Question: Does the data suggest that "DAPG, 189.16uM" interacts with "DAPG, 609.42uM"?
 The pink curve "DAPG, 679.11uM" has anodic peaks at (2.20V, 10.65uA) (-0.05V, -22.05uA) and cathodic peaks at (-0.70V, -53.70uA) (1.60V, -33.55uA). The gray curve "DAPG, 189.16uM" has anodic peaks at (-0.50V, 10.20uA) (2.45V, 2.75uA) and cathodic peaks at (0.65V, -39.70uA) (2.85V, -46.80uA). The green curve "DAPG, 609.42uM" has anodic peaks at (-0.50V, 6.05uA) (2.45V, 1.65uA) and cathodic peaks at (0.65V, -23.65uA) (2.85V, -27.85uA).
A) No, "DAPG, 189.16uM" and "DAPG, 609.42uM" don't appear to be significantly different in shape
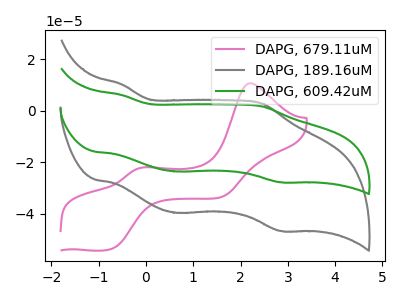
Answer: <think>All the peaks in "DAPG, 189.16uM" have a peak in "DAPG, 609.42uM" at the same potential. Every peak in "DAPG, 189.16uM" is higher than every peak in "DAPG, 609.42uM".
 </think>
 <answer>A) No, "DAPG, 189.16uM" and "DAPG, 609.42uM" don't appear to be significantly different in shape</answer>
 <eval>A</eval>